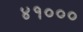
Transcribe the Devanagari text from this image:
४१०००